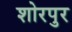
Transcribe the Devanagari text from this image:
शोरपुर